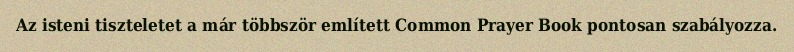
Az isteni tiszteletet a már többször említett Common Prayer Book pontosan szabályozza.